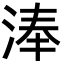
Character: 淎